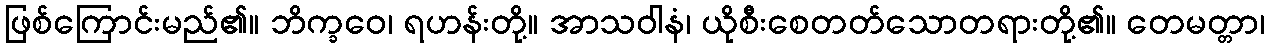
ဖြစ်ကြောင်းမည်၏။ ဘိက္ခဝေ၊ ရဟန်းတို့။ အာသဝါနံ၊ ယိုစီးစေတတ်သောတရားတို့၏။ တေမတ္တာ၊